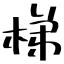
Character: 梯